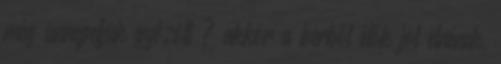
még ünnepeljük győzött ? akkor a bérből élők jól élnének,